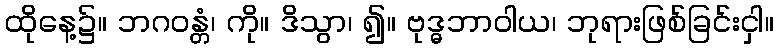
ထိုနေ့၌။ ဘဂဝန္တံ၊ ကို။ ဒိသွာ၊ ၍။ ဗုဒ္ဓဘာဝါယ၊ ဘုရားဖြစ်ခြင်းငှါ။